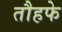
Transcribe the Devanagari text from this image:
तौहफे